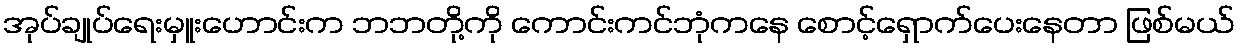
အုပ်ချုပ်ရေးမှူးဟောင်းက ဘဘတို့ကို ကောင်းကင်ဘုံကနေ စောင့်ရှောက်ပေးနေတာ ဖြစ်မယ်